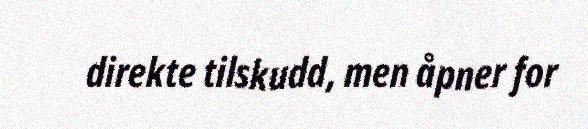
direkte tilskudd, men åpner for